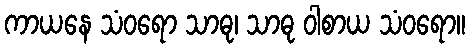
ကာယနေ သံဝရော သာဓု၊ သာဓု ဝါစာယ သံဝရော။